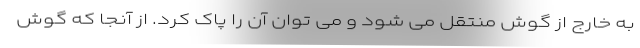
به خارج از گوش منتقل می شود و می توان آن را پاک کرد. از آنجا که گوش